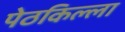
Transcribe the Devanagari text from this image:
पेठकिल्ला